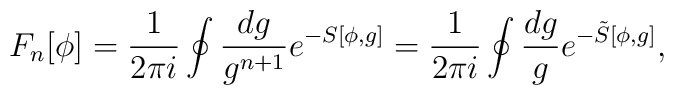
F_{n}[\phi]=\frac{1}{2\pi i} \oint \frac{dg}{g^{n+1}} e^{-S[\phi,g]}=\frac{1}{2\pi i} \oint \frac{dg}{g}e^{-\tilde{S}[\phi,g]},